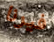
فيرنا